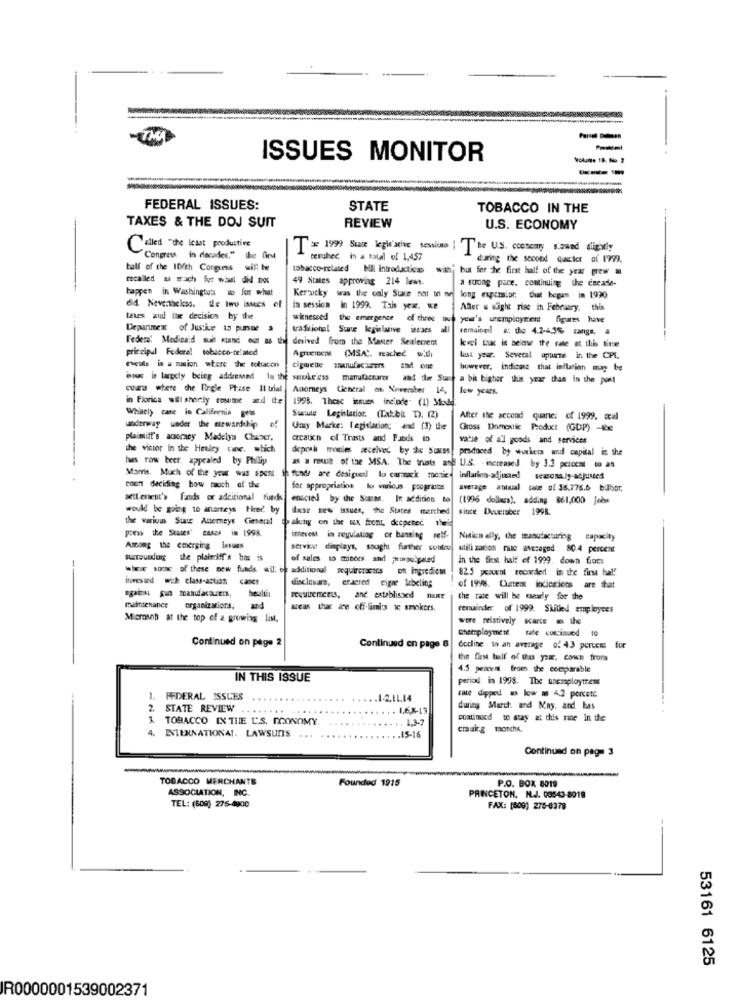
-TMA
ISSUES MONITOR
FEDERAL ISSUES:
STATE
TOBACCO IN THE
TAXES & THE DOJ SUIT
REVIEW
U.S. ECONOMY
Called "the least productive
T= 1999 State legie'arive sessions |
The U.S. economy s.amed diipvly
Congress in decades." the first
resuled in a total of 1,457
during the second queler of 1999.
half of the IDEch Corguess will be
tobacco-related bl introducticas
with but for the first half of the year grew
49 States approving 214 lemn.
a strong pace. continuing the cecade-
happen in Washington w for what
Kerncky was the caly Stare not in me
long expcmslor. that began in 1990
In session in 1999. Tais yex. we
Adler & sight rise in February, this
taxes and the decision by the
witnessed the emergence of three
wineseed
-
year's unemployment figures have
Department of Justice to pursue s
trafxions! State legislative ws'aes
all remained #: the 4.2-4,3% range, a
Federa' Medicaid sull stand ou as the derived from the Master Selecrent
priceipul Federal tobacco-related
(MSA), reached with
last year. Several apuane in the CPI.
cigarette manufacturers and one
however, indicate that inflation may be
baus is largely being addressed In the smoke'ess manufacturer and die Suay a bit higher this year than in the post
cours where the Circle Prise It trial Allorneys Cieneral on. Nowember 14.
few years.
in Fiorica will shorly resume d tte
1998. Thcac issues inciode" (1) Mod
Whitely care in California ges
of
Sunute Legislation. (Tat.bit T). (2)
After the second quaner of 1999. ccal
Umy Marke: lapislation; and (3) the
Gross Domestic Product (GDP) -x
plaintiff's acorey Madelyn Chaser,
arcalin of Trasts and Puede to
vatse of a'l goods and services
the victor in the Healey owne, which
depral monies secelved by de Suass
produced by workers and capital is the
has row beer. appealed by Philip
as s rout of the MSA. The trusts ang U.S. - increased by 3.3 pcicems to an
Marris. Much of the year ww spen
funds are desigued lo carmack rocsie
BOET deciding how raoch of the
for appropriating lo viicus pooprits
average attual tase of 35,776.6 b.Jhor.
setLenenit's fands or additional funds
enscied by the Soares. In addition to
(1996 dollars), adding 861,000 jobs
would be going to anarteys Hireć by
Ixse zew issues, the States marched site Deueraber 1998.
the various State Attorneys General
alutry on the ux front decpeter the
ithevest in regulating or banning self-
Nition ally, the manufacturing capacity
Among the emerging issues
service displays, sought further contro, utili zation rue avecaged 80.4 percent
surroundog the plaintiff's bar is
of sales to mitees and ;woraudgated
in the first half of 1999. down fions
--
wher soone of these new funds wil, of additional requireracers on ingredient
82.5 percent recorded in the first ha !!
invested with class-action cases
disclosare, eraered cigar labeling
of 1998. Current indiegiens are that
requirements, and established niure
the rate will be csealy for the
mattsenaner organizations,
and
arcas the ze off-limits ic smokers.
remainder of 1999. Skilled employees
Microsah at the top of a growing List.
were relatively scarce = the
unemployment rate continued 10
Continued on page 2
Continued en page 8
decline to an average of 43 percent for
the first half of this year, cows from
4.5 percent from the comparable
IN THIS ISSUE
period in 1998. The uneseployment
te dipped =s kow = 4.2 poretc.
1. FEDERAL ISSUES
.. 1-2,11.14
2. STATE REVIEW .
....
...
. 1,68-13
during March: ard May. and has
3. TOBACCO IN THE U.S. NCONOMY
....
. 1,3-7
continued to stay at this rate in the
4. INTERNATIONAL. LAWSUITS
cmuirg m
.. 15-16
Continued on page 3
TOBACCO MERCHANTS
Founded 1915
ASSOCIATION, INC.
P.O. BOX 6019
PRINCETON, N.J. 00543-2019
TEL: (609) 275-4900
FAX: (809) 275-0379
53161 6125
R0000001539002371